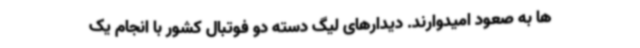
ها به صعود امیدوارند. دیدارهای لیگ دسته دو فوتبال کشور با انجام یک